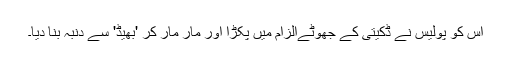
اس کو پولیس نے ڈکیتی کے جھوٹےالزام میں پکڑا اور مار مار کر 'بھیڈ' سے دنبہ بنا دیا۔